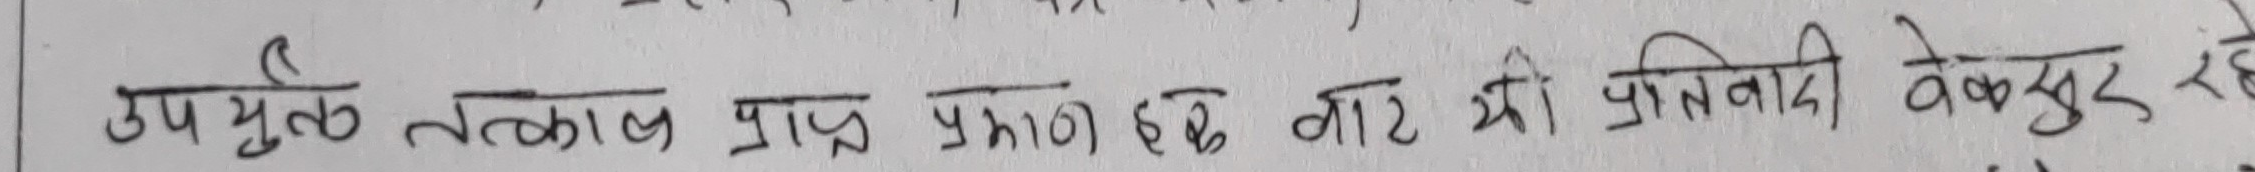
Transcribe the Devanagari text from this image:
उपयुक्त तत्काल प्राप्त प्रमाण हेतू बात भी प्रतिवादी बेकसूर रहे।